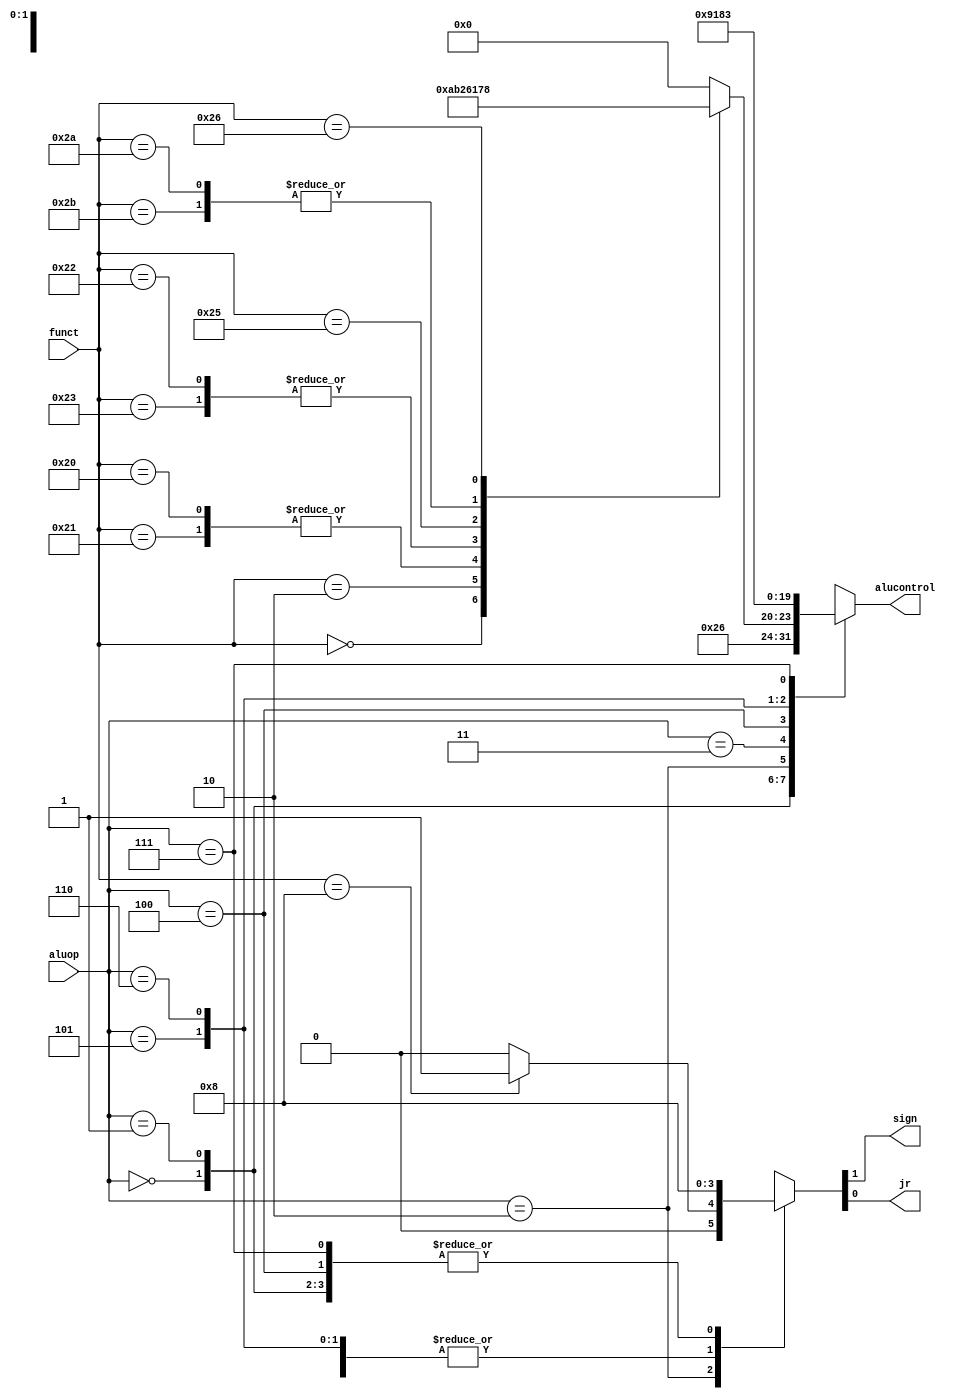
`timescale 1ns / 1ps
//////////////////////////////////////////////////////////////////////////////////
// Company: 
// Engineer: 
// 
// Design Name: 
// Module Name: alu_decoder
// Project Name: 
// Target Devices: 
// Tool Versions: 
// Description: 
// 
// Dependencies: 
// 
// Revision:
// Revision 0.01 - File Created
// Additional Comments:
// 
//////////////////////////////////////////////////////////////////////////////////


module alu_decoder (
    input  wire [5:0] funct,
    input  wire [2:0] aluop,
    output reg  [3:0] alucontrol,
    output wire       sign,      //sign=10
    output wire       jr
);

reg [1:0] sigs;

assign {sign, jr} = sigs;
//
always @(*)
case (aluop)
    3'b000: begin//addi, addiu, lb, lw, sb, sw, j
        sigs = 2'b00;
        alucontrol = 4'b0010;
    end
    3'b001: begin//beq, bne, bgtz
        sigs = 2'b00;
        alucontrol = 4'b0110;
    end
    3'b010://R-type
    case (funct)
        6'b000000: begin//sll
            sigs = 2'b00;
            alucontrol = 4'b1010;
        end
        6'b000010: begin//srl
            sigs = 2'b00;
            alucontrol = 4'b1011;    
        end
        6'b001000: begin//jr
            sigs = 2'b01;
            alucontrol = 4'b0000;
        end
        6'b100000, 6'b100001: begin//add, addu
            sigs = 2'b00;
            alucontrol = 4'b0010;
        end
        6'b100010, 6'b100011: begin//sub, subu
            sigs = 2'b00;
            alucontrol = 4'b0110;
        end
        6'b100100: begin//and
            sigs = 2'b00;
            alucontrol = 4'b0000;
        end
        6'b100101: begin//or
            sigs = 2'b00;
            alucontrol = 4'b0001;
        end
        6'b101010, 6'b101011: begin//slt, sltu
            sigs = 2'b00;
            alucontrol = 4'b0111;
        end
        6'b100110: begin//xor
            sigs = 2'b00;
            alucontrol = 4'b1000;
        end
        default: begin
            sigs = 2'b00;
            alucontrol = 4'b0000;
        end    
    endcase
    3'b011: begin//andi
        sigs = 2'b10;
        alucontrol = 4'b0000;
    end
    3'b100: begin//lui
        sigs = 2'b00;
        alucontrol = 4'b1001;
    end
    3'b101: begin//ori
        sigs = 2'b10;
        alucontrol = 4'b0001;
    end
    3'b110: begin//xori
        sigs = 2'b10;
        alucontrol = 4'b1000;
    end
    3'b111: begin//mul
        sigs = 2'b00;
        alucontrol = 4'b0011;
    end
    default: begin
        sigs = 2'b00;
        alucontrol = 4'b0000;
    end    
endcase

endmodule